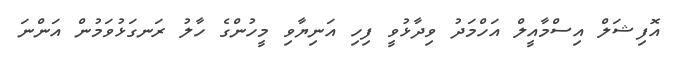
އޮފިޝަލް އިސްމާއީލް އަހްމަދު ވިދާޅުވީ ފިހި އަނިޔާވި މީހުންގެ ހާލު ރަނގަޅުވަމުން އަންނަ